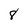
Character: 8